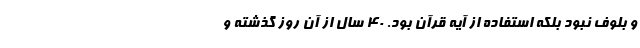
و بلوف نبود بلکه استفاده از آیه قرآن بود. ۴۰ سال از آن روز گذشته و